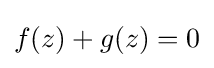
f(z)+g(z)=0